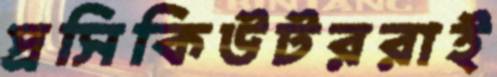
প্রসিকিউটররাই